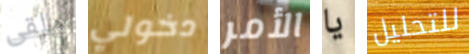
ملقى دخولي الأمر يا للتحليل